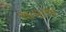
આવાઅ